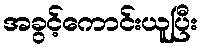
အခွင့်ကောင်းယူပြီး